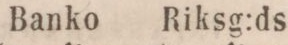
Banko    Riksg:ds